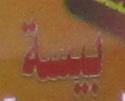
بيسة